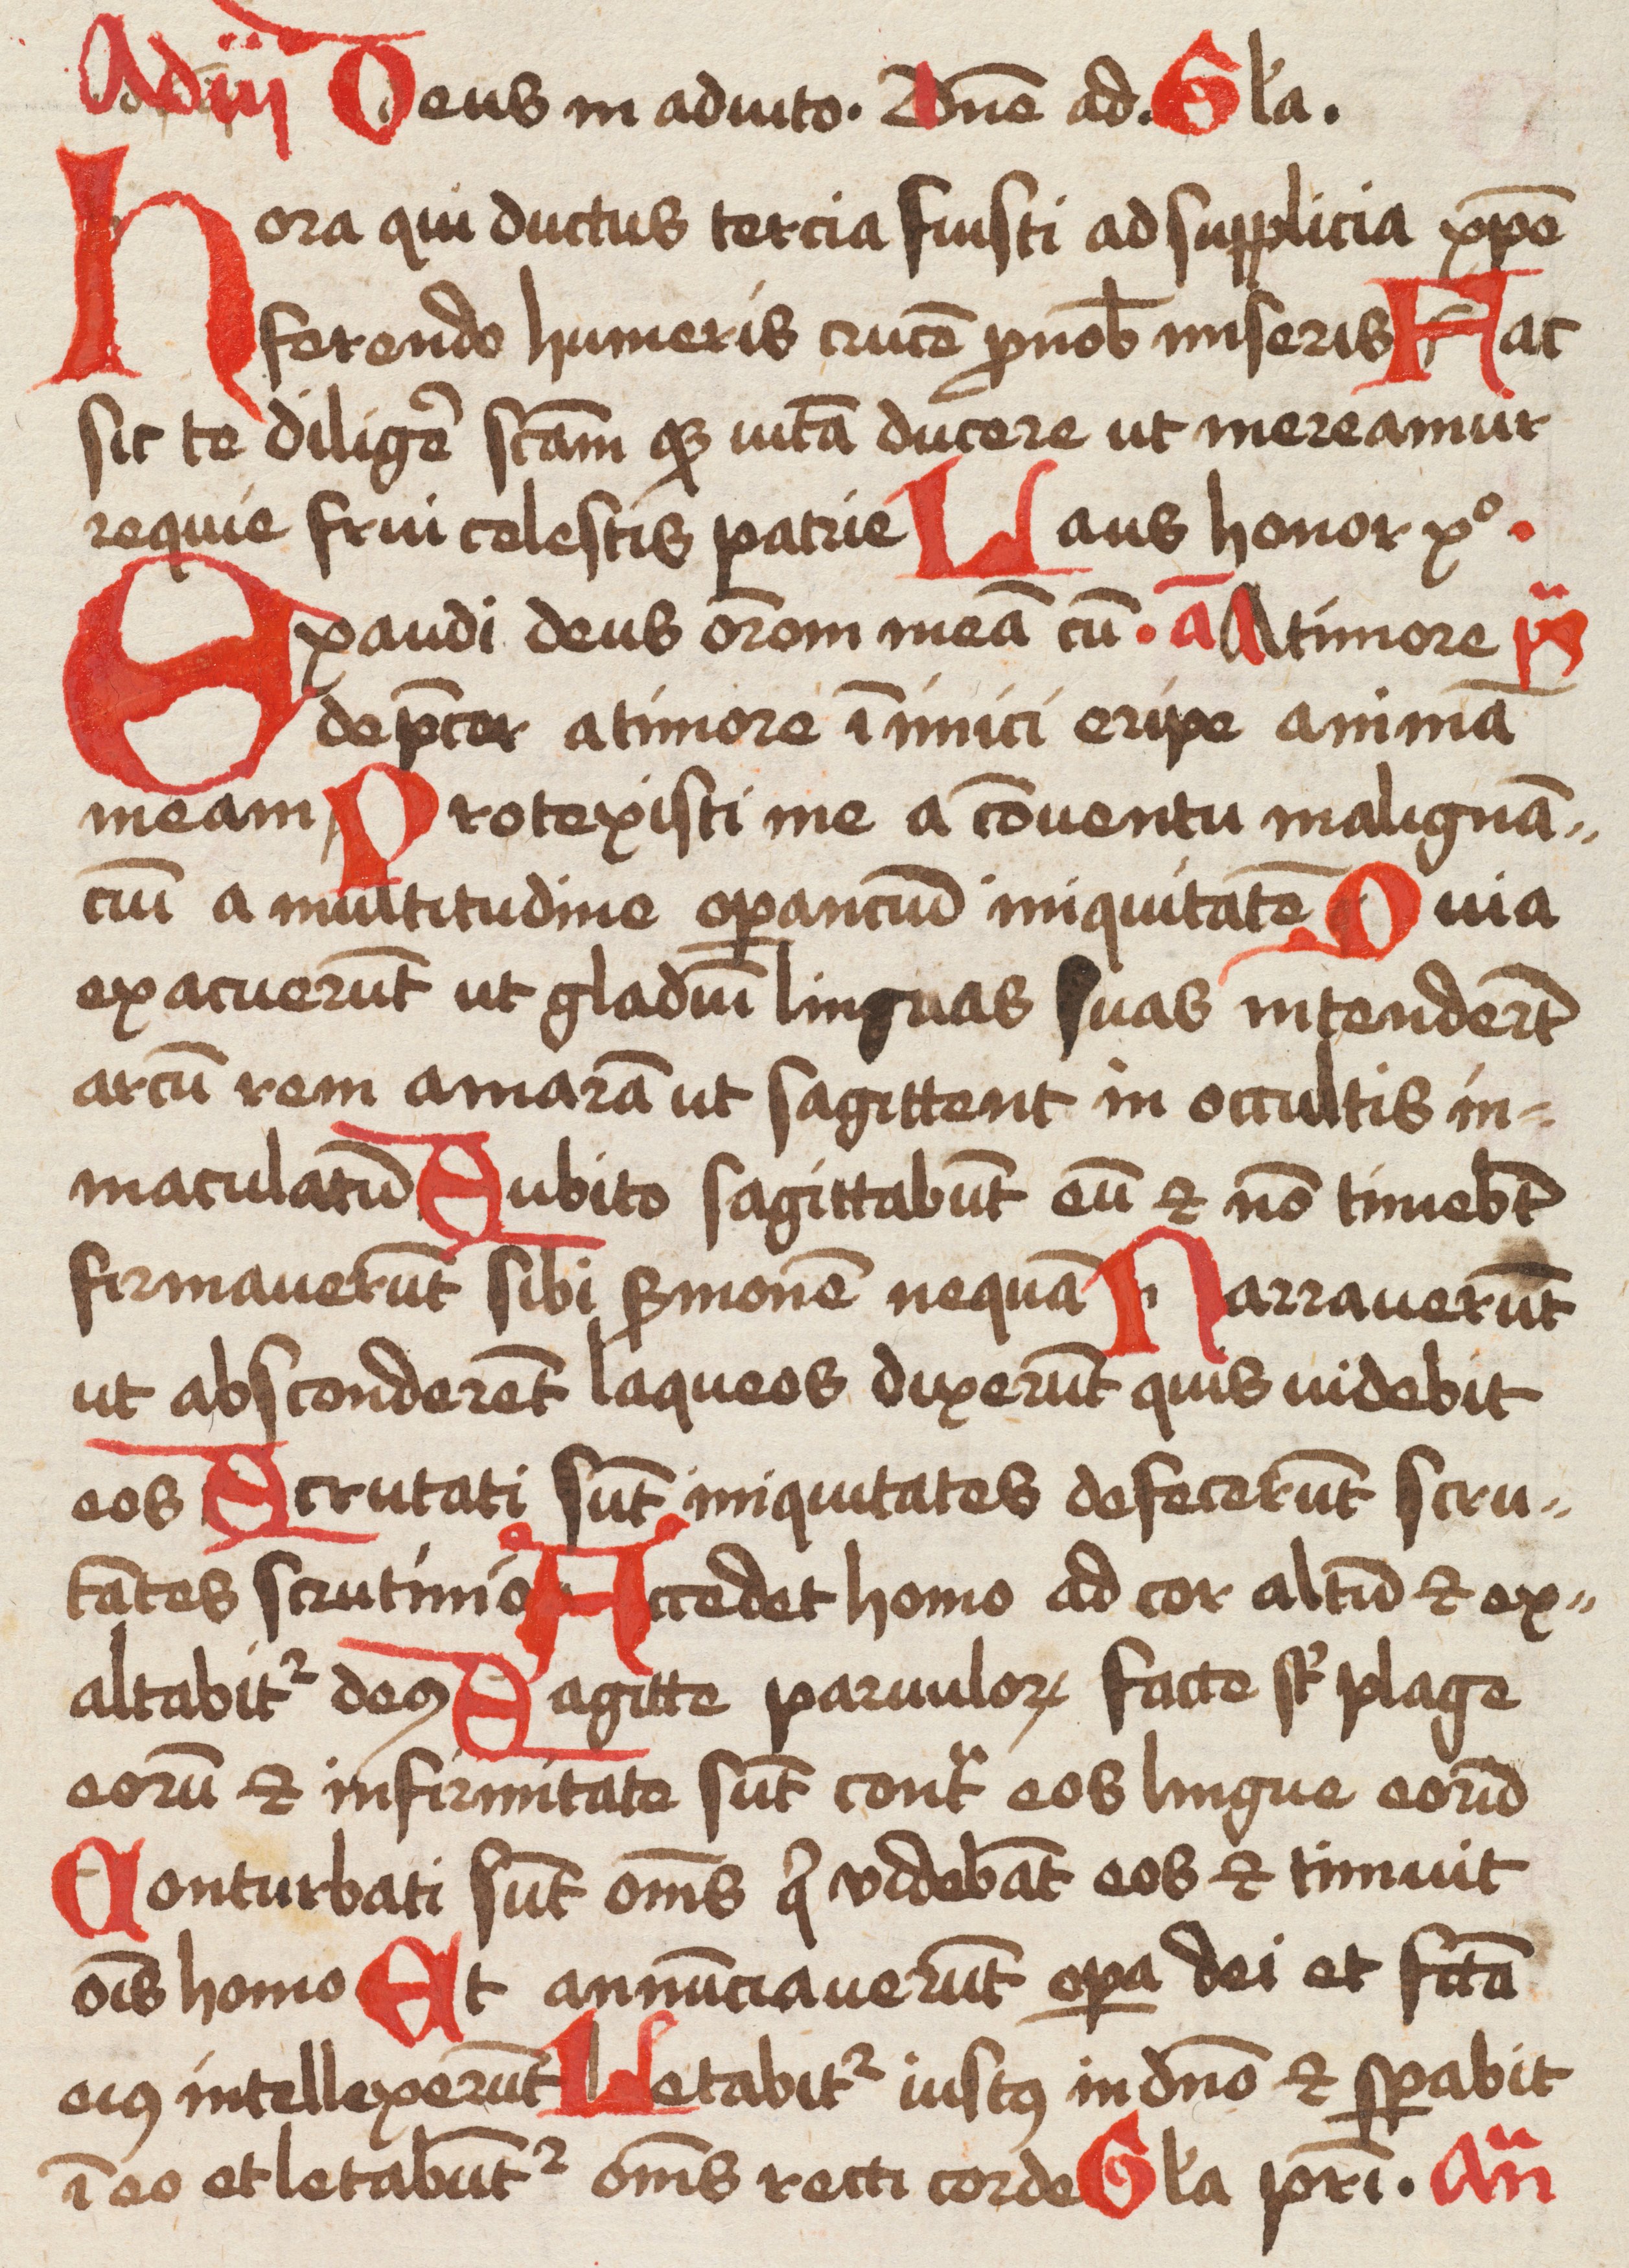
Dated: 1475–1499